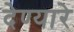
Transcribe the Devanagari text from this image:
देण्यारे